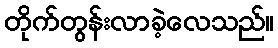
တိုက်တွန်းလာခဲ့လေသည်။